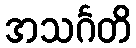
အသင်္ဂတိ